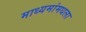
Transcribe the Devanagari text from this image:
माध्यमांमधला